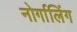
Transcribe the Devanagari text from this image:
नोर्गालिंग